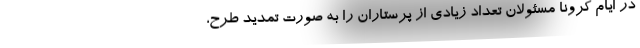
در ایام کرونا مسئولان تعداد زیادی از پرستاران را به صورت تمدید طرح،